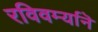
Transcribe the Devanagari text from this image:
रविवर्म्यानॆ